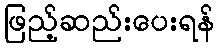
ဖြည့်ဆည်းပေးရန်